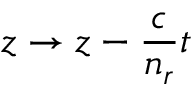
z \rightarrow z - \frac { c } { n _ { r } } t